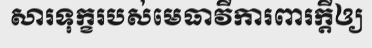
សារទុក្ខរបស់មេធាវីការពារក្តីឲ្យ